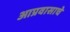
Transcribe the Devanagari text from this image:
आप्रवासाचे